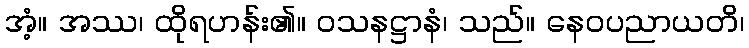
အံ့။ အဿ၊ ထိုရဟန်း၏။ ဝသနဋ္ဌာနံ၊ သည်။ နေဝပညာယတိ၊